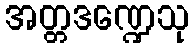
အတ္တဒဏ္ဍေသု